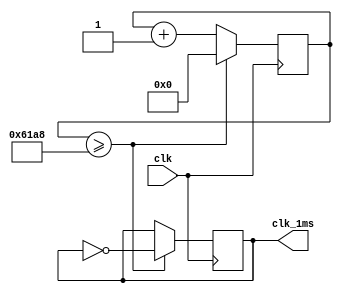
`timescale 1ns / 1ps
//////////////////////////////////////////////////////////////////////////////////
// Company:
// Engineer:
//
// Create Date:
// Design Name:
// Module Name:    timer_1ms
// Project Name:
// Target Devices:
// Tool versions:
// Description:
//
// Dependencies:
//
// Revision:
// Revision 0.01 - File Created
// Additional Comments:
//
//////////////////////////////////////////////////////////////////////////////////

module timer_1ms(input wire clk, output reg clk_1ms);

    reg [15:0] cnt;

    initial begin
        cnt [15:0] <=0;
        clk_1ms <= 0;
    end

    always@(posedge clk) begin
        if(cnt>=25000)
        begin
            cnt<=0;
            clk_1ms <= ~clk_1ms;
        end

        else begin
            cnt<=cnt+1;
        end
    end

endmodule